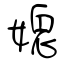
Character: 媳